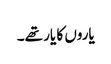
یاروں کا یار تھے۔